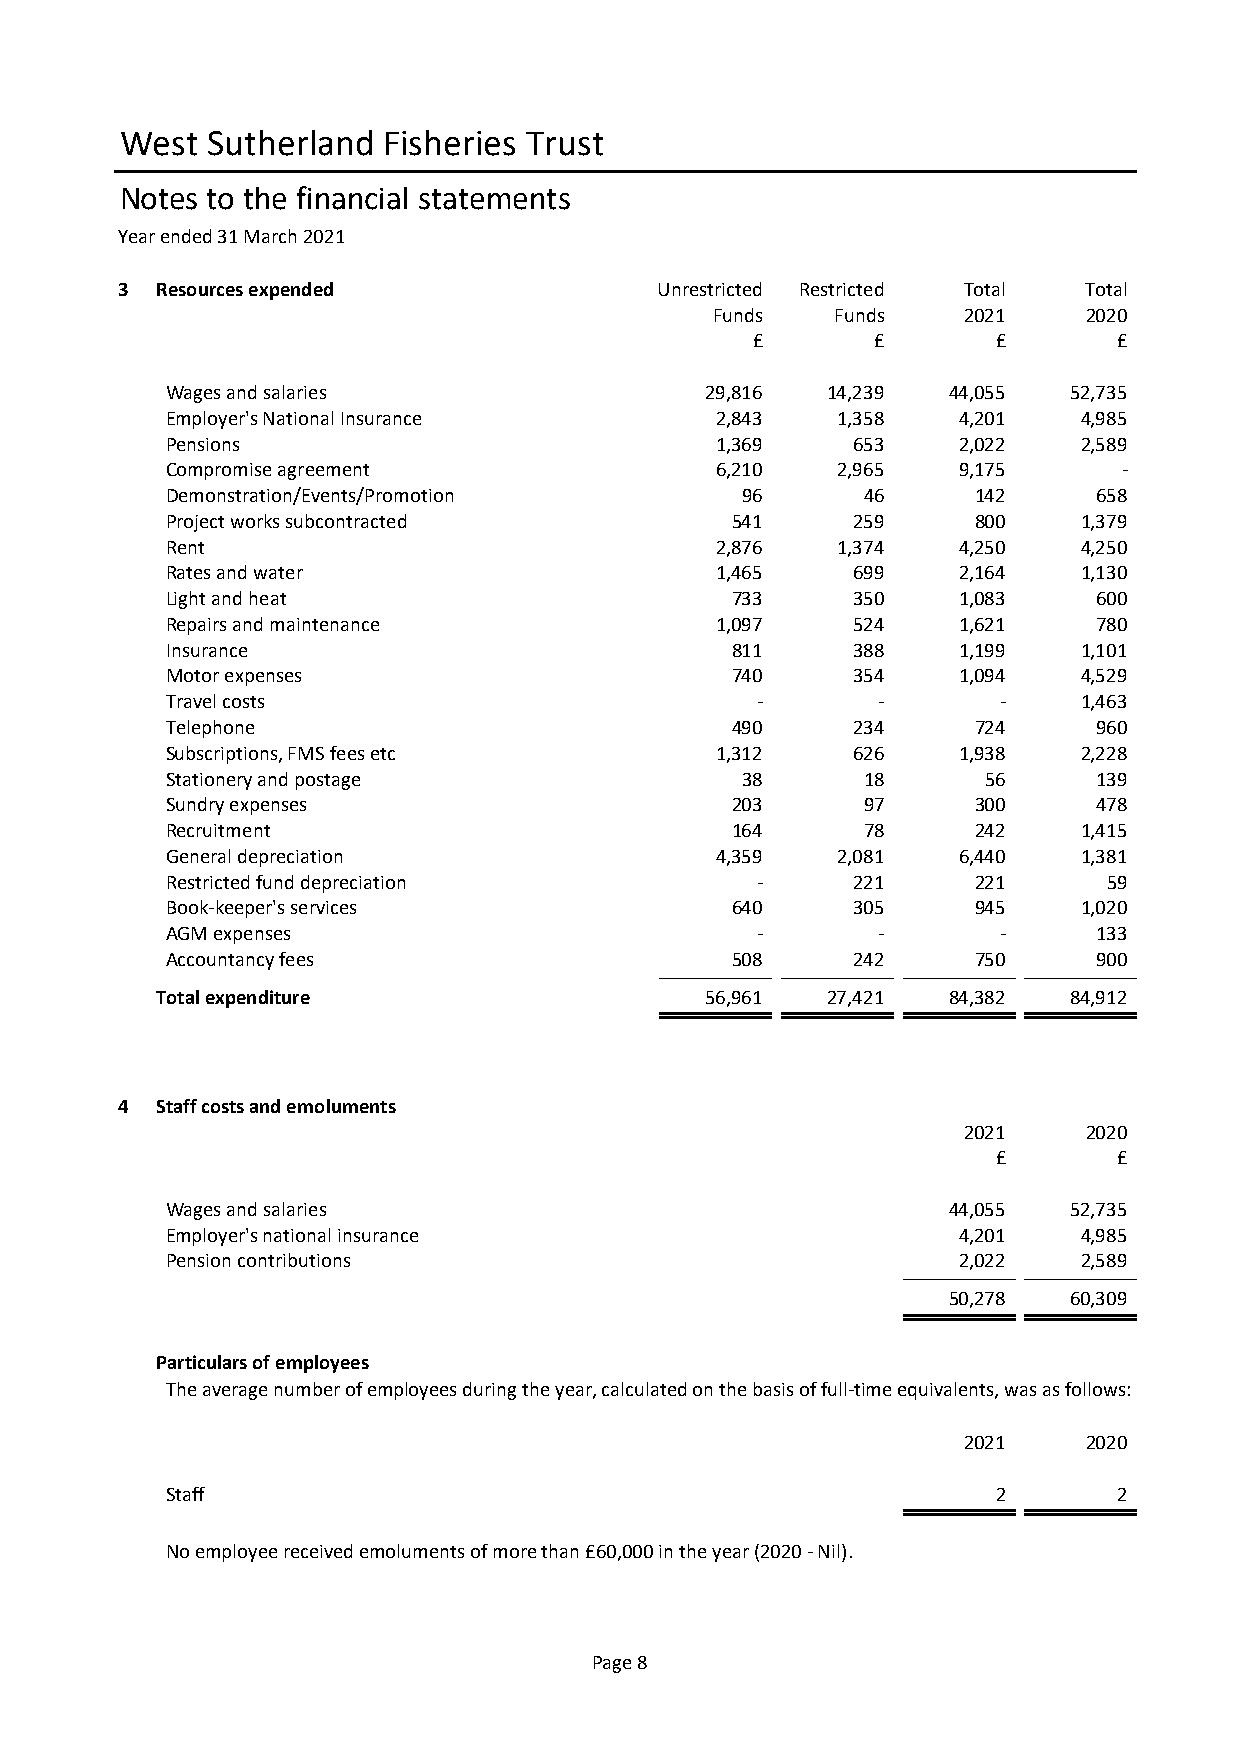
West  Sutherland Fisheries Trust
 Notes to the financial statements
 Year ended 31 March 2021
 3 Resources expended               Unrestricted Restricted Total Total
 Funds   Funds    2021    2020
 £       £       £       £
 Wages and salaries                  29,816  14,239  44,055  52,735
 Employer's National Insurance       2,843   1,358   4,201    4,985
 Pensions                            1,369    653    2,022    2,589
 Compromise agreement                6,210   2,965   9,175      -
 Demonstration/Events/Promotion        96      46     142      658
 Project works subcontracted          541     259     800     1,379
 Rent                                2,876   1,374   4,250    4,250
 Rates and water                     1,465    699    2,164    1,130
 Light and heat                       733     350    1,083     600
 Repairs and maintenance             1,097    524    1,621     780
 Insurance                            811     388    1,199    1,101
 Motor expenses                       740     354    1,094    4,529
 Travel costs                           -       -       -     1,463
 Telephone                            490     234     724      960
 Subscriptions, FMS fees etc         1,312    626    1,938    2,228
 Stationery and postage                38      18      56      139
 Sundry expenses                      203      97     300      478
 Recruitment                          164      78     242     1,415
 General depreciation                4,359   2,081   6,440    1,381
 Restricted fund depreciation           -     221     221      59
 Book-keeper's services               640     305     945     1,020
 AGM expenses                           -       -       -      133
 Accountancy fees                     508     242     750      900
 Total expenditure                    56,961  27,421  84,382  84,912
 27,421
 4 Staff costs and emoluments
 2021    2020
 £       £
 Wages and salaries                                  44,055  52,735
 Employer's national insurance                       4,201    4,985
 Pension contributions                               2,022    2,589
 50,278  60,309
 Particulars of employees
 The average number of employees during the year, calculated on the basis of full-time equivalents, was as follows:
 2021    2020
 Staff                                                  2       2
 No employee received emoluments of more than £60,000 in the year (2020 - Nil).
 Page 8